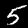
Digit: 5